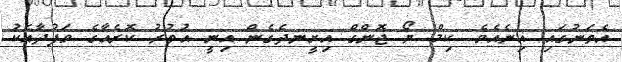
އެތަނުގައި އިނެއެވެ. ކިމް ޔޯ ޖޮންގް އިށީނދެގެން އިނީ އުތުރު ކޮރެއާގެ ވަފުދާއެކު